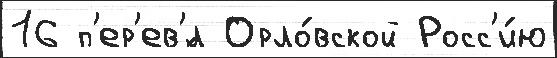
16 п'ер'ев'́л Орло́вской Росс'и́ю